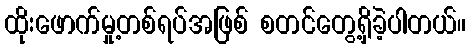
ထိုးဖောက်မှု့တစ်ရပ်အဖြစ် စတင်တွေ့ရှိခဲ့ပါတယ်။